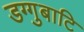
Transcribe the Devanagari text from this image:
डग्गुबाटि